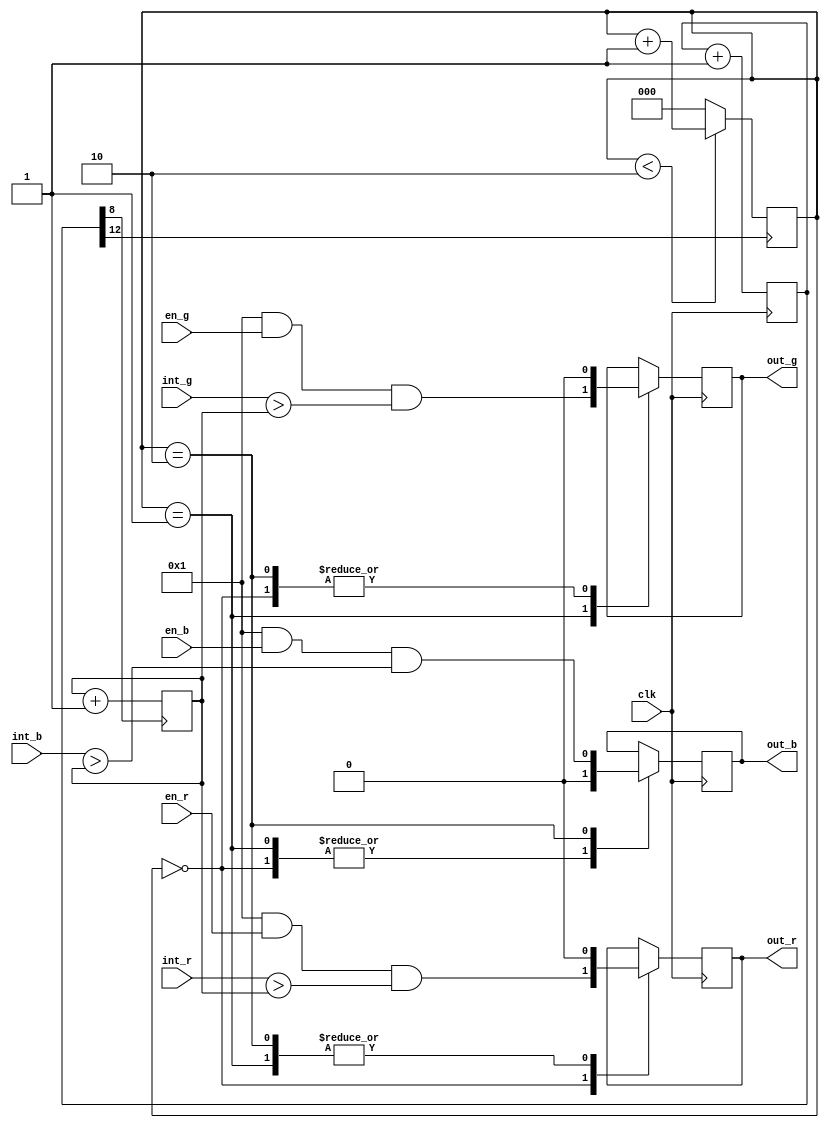
/*
 * Project: common
 * File Created: 2020-10-17
 * Description: Driver for the multiplexed LEDs on the ECP5-Mini.
 */

`default_nettype none

module rgb_control(
    input clk,
    input en_r,
    input en_g,
    input en_b,
    input [7:0] int_r,
    input [7:0] int_g,
    input [7:0] int_b,

    output reg out_r,
    output reg out_g,
    output reg out_b
);

    // Counter to clock things off
    reg [24:0] ctr = 0;
    always @(posedge clk) begin
        ctr <= ctr + 1;
    end

    // Round robin counter for which LED to enable
    reg [2:0] colour_control = 0;
    
    always @(posedge ctr[12]) begin
        if (colour_control < 2) 
            colour_control <= colour_control + 1;
        else
            colour_control = 0;
    end

    // 30 KHz sawtooth
    reg [7:0] intensity = 0;
    always @(posedge ctr[8]) begin
        intensity <= intensity + 1;
    end

    // Only enable output when it's the LEDs turn, enable is high, and PWM is higher than set intensity
    always @(posedge clk) begin
        case (colour_control)

        2'b00: begin
            out_r <= 1 && en_r && (int_r > intensity);
            out_g <= 0;
            out_b <= 0;
        end

        2'b01: begin
            out_r <= 0;
            out_g <= 1 && en_g && (int_g > intensity);
            out_b <= 0;
        end

        2'b10: begin
            out_r <= 0;
            out_g <= 0;
            out_b <= 1 && en_b && (int_b > intensity);
        end
        endcase
    end

endmodule